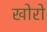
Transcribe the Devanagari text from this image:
खोरो